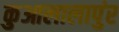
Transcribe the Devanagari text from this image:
कुआलालापुंर